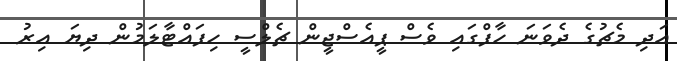
އަދި މެޗުގެ ދެވަނަ ހާފްގައި ވެސް ޕީއެސްޖީން ޗެލްސީ ހިފައްޓާލަމުން ދިޔަ އިރު